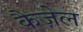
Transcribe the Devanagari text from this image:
कैज़ेल